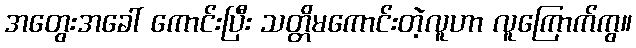
အတွေးအခေါ် ကောင်းပြီး သတ္တိမကောင်းတဲ့လူဟာ လူကြောက်ကွ။